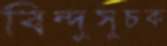
বিন্দুসূচক